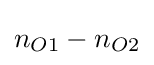
n_{O1}-n_{O2}